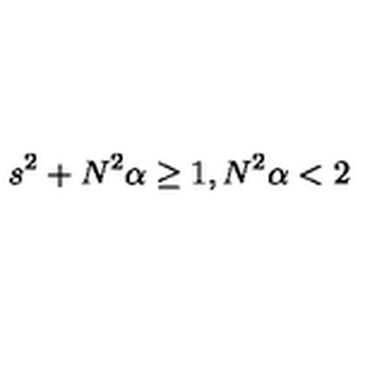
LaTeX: s ^ { 2 } + N ^ { 2 } \alpha \geq 1 , N ^ { 2 } \alpha < 2